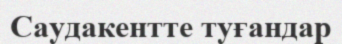
Саудакентте туғандар